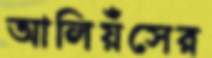
আলিয়ঁসের